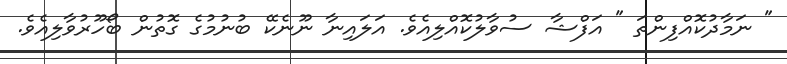
" ނަމާދުކޮއްފިންތަ " އަފްޝާ ސުވާލުކޮއްލިއެވެ. އަލައިނާ ނޫނެކޭ ބުނުމުގެ ގޮތުން ބޯހޫރުވާލިއެވެ.